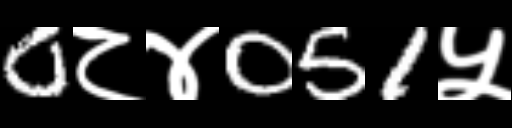
Text: 0८४051५